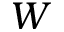
W